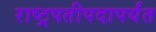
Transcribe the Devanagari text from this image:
राष्ट्रपतीपदापर्यंत